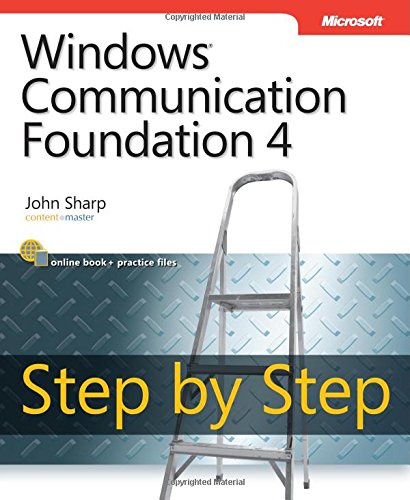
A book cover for Windows Communication Foundation 4 Step by Step (Step by Step Developer); John Sharp; Computers & Technology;